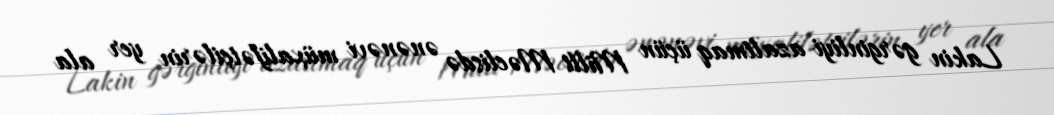
Lakin gərginliyi azaltmaq üçün Milli Məclisdə ənənəvi müxalifətçilərin yer ala